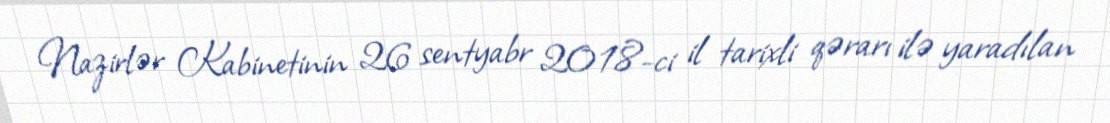
Nazirlər Kabinetinin 26 sentyabr 2018-ci il tarixli qərarı ilə yaradılan